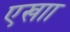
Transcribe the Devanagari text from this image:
एखाा